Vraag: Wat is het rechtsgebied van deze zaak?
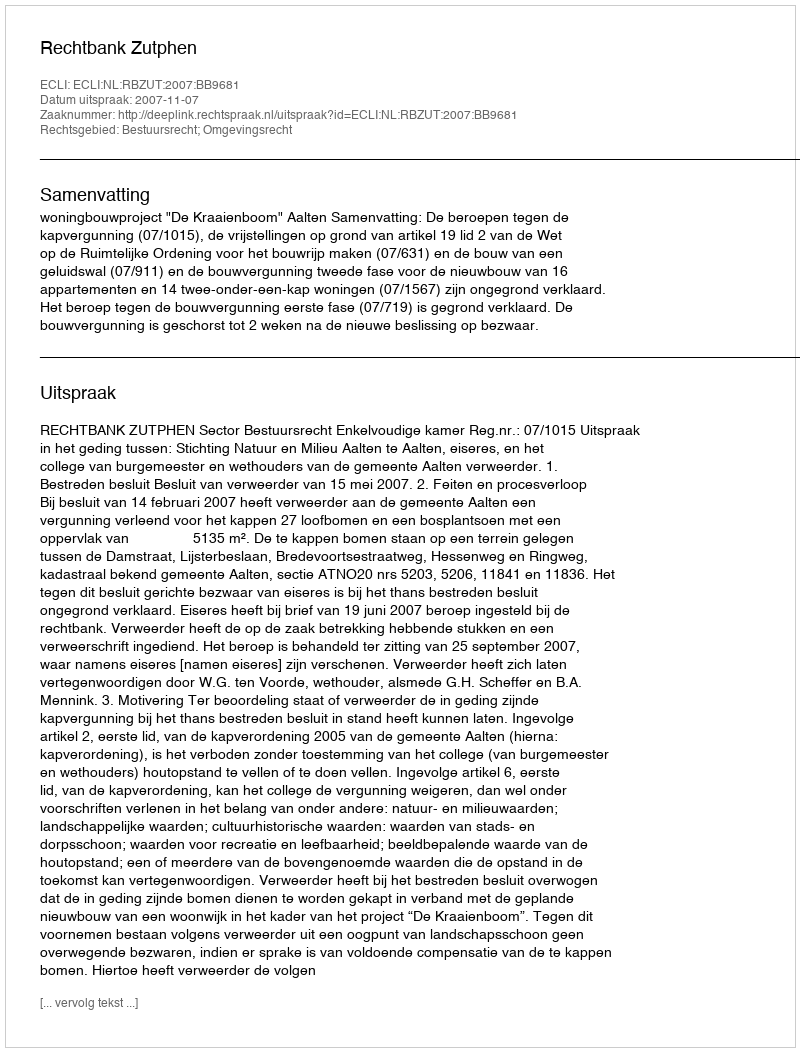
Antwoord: Bestuursrecht; Omgevingsrecht